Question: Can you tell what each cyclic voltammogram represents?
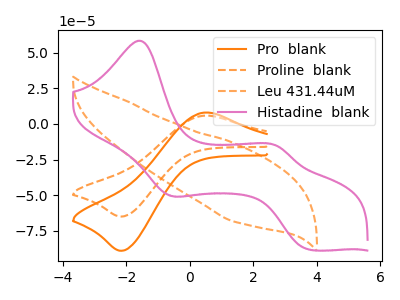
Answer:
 <answer>The orange curve is labeled "Pro  blank". The orange dashed curve is labeled "Proline  blank". The orange dashed curve is labeled "Leu 431.44uM". The pink curve is labeled "Histadine  blank".</answer>
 <eval></eval>